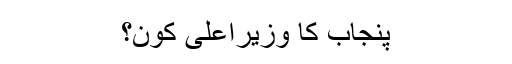
پنجاب کا وزیراعلیٰ کون؟